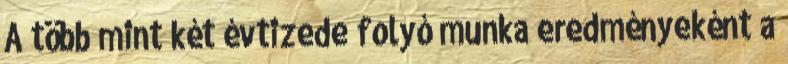
A több mint két évtizede folyó munka eredményeként a